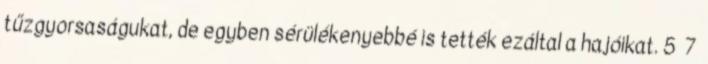
tűzgyorsaságukat, de egyben sérülékenyebbé is tették ezáltal a hajóikat. 5 7